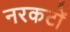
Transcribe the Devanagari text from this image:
नरकटों